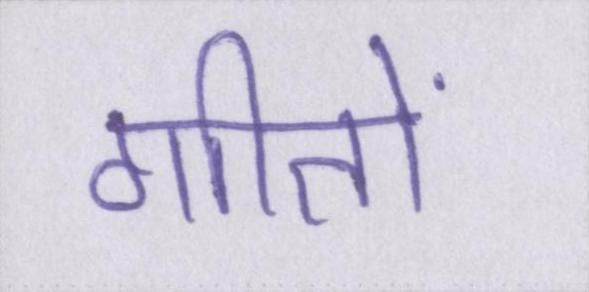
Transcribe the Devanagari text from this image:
गीतों